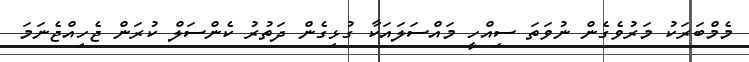
މެމްބަރަކު މަރުވެގެން ނުވަތަ ސިއްހީ މައްސަލައަކާ ގުޅިގެން ދަތުރު ކެންސަލް ކުރަން ޖެހިއްޖެނަމަ